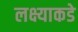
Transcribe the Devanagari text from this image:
लक्ष्याकडे